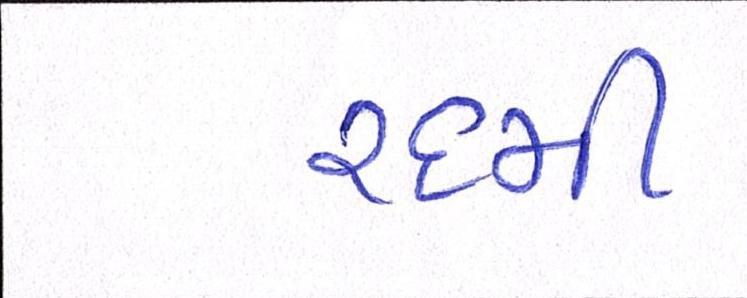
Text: ૨૬મી